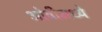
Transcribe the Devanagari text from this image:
ओवीमध्ये